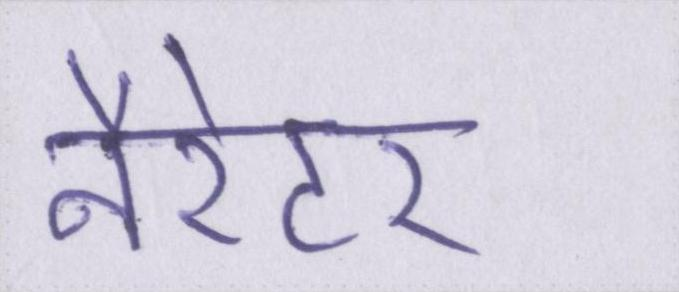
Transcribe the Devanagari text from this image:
नैरेटर